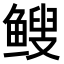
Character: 𫠑